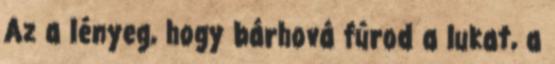
Az a lényeg, hogy bárhová fúrod a lukat, a